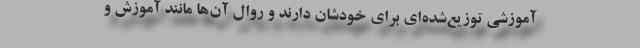
آموزشی توزیع‌شده‌ای برای خودشان دارند و روال آن‌ها مانند آموزش و